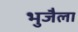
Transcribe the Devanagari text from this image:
भुजैला